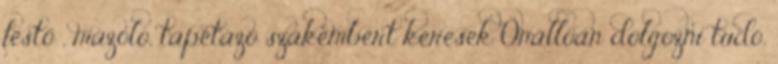
festő , mázoló, tapétázó szakembert keresek Önállóan dolgozni tudó,